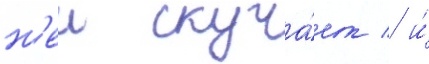
н'еи скуча́ет / и́